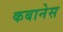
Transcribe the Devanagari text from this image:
कबानेस